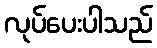
လုပ်ပေးပါသည်